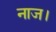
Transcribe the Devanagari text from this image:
नाज।